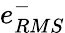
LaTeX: e_{RMS}^{-}